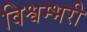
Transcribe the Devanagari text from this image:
विश्वम्भरी